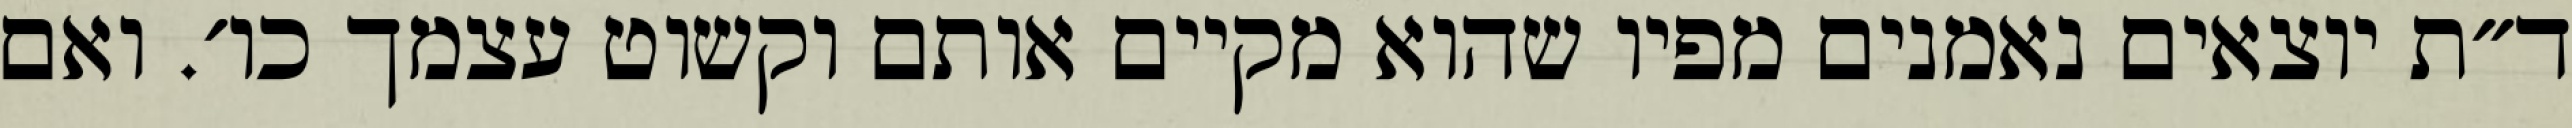
ד״ת יוצאים נאמנים מפיו שהוא מקיים אותם וקשוט עצמך כו׳. ואם